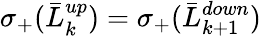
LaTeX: \sigma_{+}(\bar{L}_{k}^{up})=\sigma_{+}(\bar{L}_{k+1}^{down})